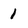
Character: 1